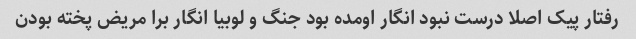
رفتار پیک اصلا درست نبود انگار اومده بود جنگ و لوبیا انگار برا مریض پخته بودن